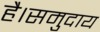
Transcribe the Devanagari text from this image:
है।समुदाय